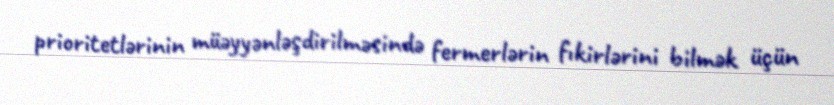
prioritetlərinin müəyyənləşdirilməsində fermerlərin fıkirlərini bilmək üçün